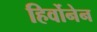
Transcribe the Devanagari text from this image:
हिर्वोनेन